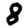
Digit: 8